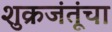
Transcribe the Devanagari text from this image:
शुक्रजंतूंचा